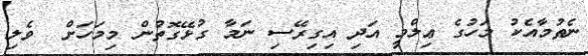
ނެތުމާއެކު މަހުގެ ޢިލްމީ އަދި އިގިރޭސި ނަމާ ގުޅޭގޮތުން މިމަހަށް  ވެލި